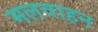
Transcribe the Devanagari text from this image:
मलवाहन